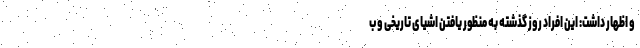
و اظهار داشت: این افراد روز گذشته به منظور یافتن اشیای تاریخی و ب